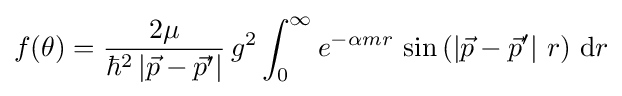
f(\theta )={\frac {2\mu }{\hbar ^{2}\left|{\vec {p}}-{\vec {p}}'\right|}}\,g^{2}\int _{0}^{\infty }e^{-\alpha mr}\,\sin \left(\left|{\vec {p}}-{\vec {p}}'\right|\,r\right)\,\mathrm {d} r